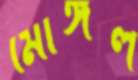
মোঙ্গল